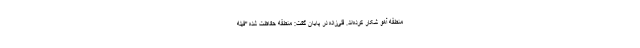
منطقه آهو شکار کرده‌اند. قلی‌زاده در پایان گفت: منطقه حفاظت شده "فیله